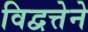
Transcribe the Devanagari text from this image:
विद्वत्तेने